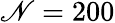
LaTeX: \mathscr{N}=200